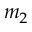
m _ { 2 }